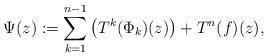
LaTeX: \begin{align*}\Psi(z) := \sum_{k = 1}^{n-1}\left(T^k(\Phi_k)(z)\right) + T^n(f)(z),\end{align*}